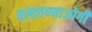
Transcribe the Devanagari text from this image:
वल्हवण्याजोगी